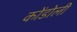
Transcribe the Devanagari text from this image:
कोंडोली